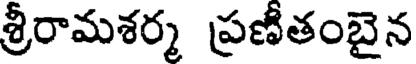
శ్రీరామశర్మ ప్రణితంబైన